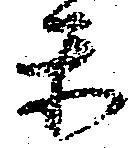
楽